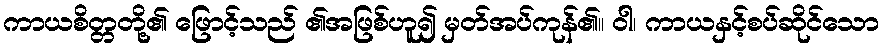
ကာယစိတ္တတို့၏ ဖြောင့်သည် ၏အဖြစ်ဟူ၍ မှတ်အပ်ကုန်၏။ ဝါ၊ ကာယနှင့်စပ်ဆိုင်သော